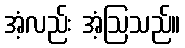
အံ့လည်း အံ့ဩသည်။